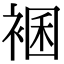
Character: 𧛃